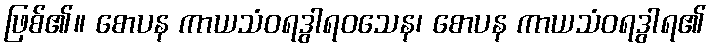
ဖြစ်၏။ စောပန ကာယသံဝရဒွါရဝသေန၊ စောပန ကာယသံဝရဒွါရ၏